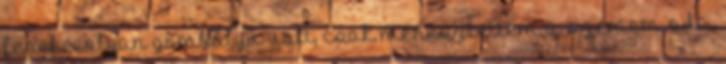
feneke, olyan gömbölyű volt, csak meresztettem a szemem oda,